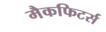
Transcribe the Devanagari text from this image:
मैकफिटर्स